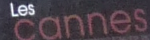
cannes